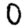
Digit: 0